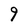
Character: 9